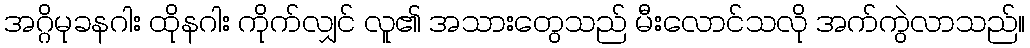
အဂ္ဂိမုခနဂါး ထိုနဂါး ကိုက်လျှင် လူ၏ အသားတွေသည် မီးလောင်သလို အက်ကွဲလာသည်။